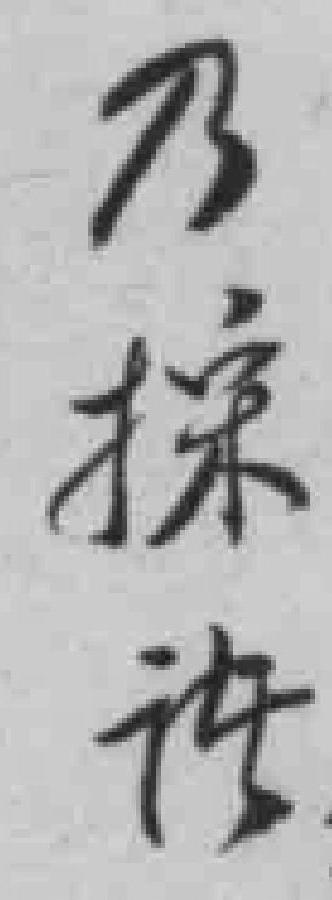
乃探诸